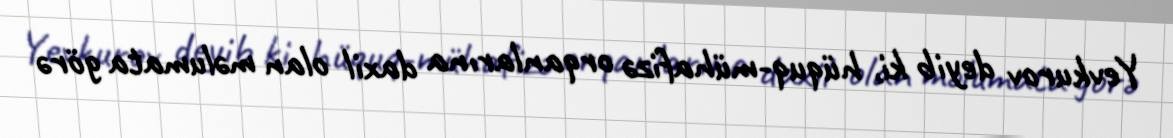
Yevkurov deyib ki, hüquq-mühafizə orqanlarına daxil olan məlumata görə